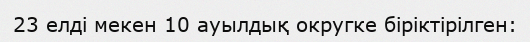
23 елді мекен 10 ауылдық округке біріктірілген: